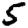
Digit: 5